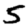
Digit: 5